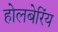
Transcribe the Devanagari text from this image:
होलबेरिंय